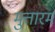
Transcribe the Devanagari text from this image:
मुत्तारम